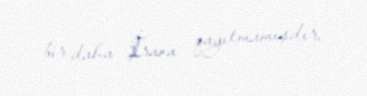
bir daha İrana qayıtmamışdır.